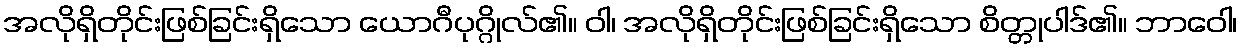
အလိုရှိတိုင်းဖြစ်ခြင်းရှိသော ယောဂီပုဂ္ဂိုလ်၏။ ဝါ၊ အလိုရှိတိုင်းဖြစ်ခြင်းရှိသော စိတ္တုပါဒ်၏။ ဘာဝေါ၊